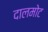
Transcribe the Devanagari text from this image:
दालमोट